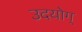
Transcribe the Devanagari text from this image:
उदयोग्